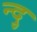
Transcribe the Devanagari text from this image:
न्दु